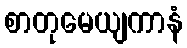
စာတုမေယျကာနံ